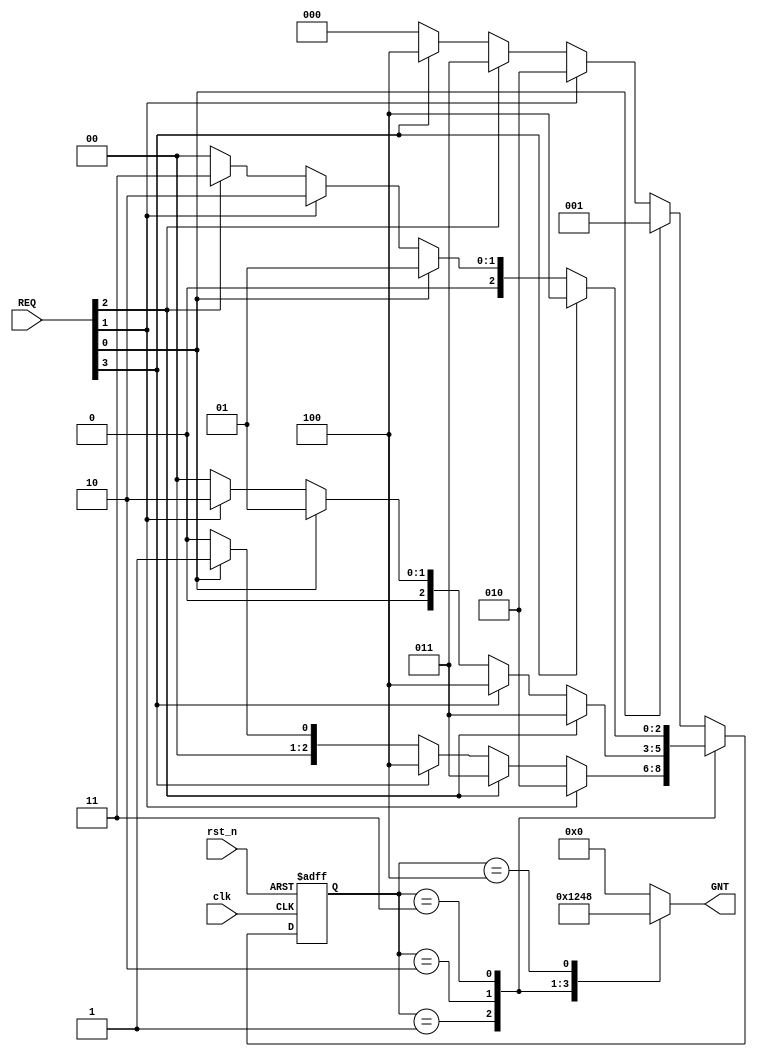
`timescale 1ns / 1ps
//////////////////////////////////////////////////////////////////////////////////
// Company: COLLEGE OF VLSI
// 
// Design Name: 
// Module Name: top
// Project Name: 
// Target Devices: 
// Tool Versions: 
// Description: 
// 
// Dependencies: 
// 
// Revision:
// Revision 0.01 - File Created
// Additional Comments:
// 
//////////////////////////////////////////////////////////////////////////////////


module top(

		input clk,

		input rst_n,

		input [3:0] REQ,

		output reg [3:0] GNT

		);

	reg [2:0] present_state;

	reg [2:0] next_state;

	parameter [2:0] IDLE = 3'b000;

	parameter [2:0] S0   = 3'b001;

	parameter [2:0] S1   = 3'b010;

	parameter [2:0] S2   = 3'b011;

	parameter [2:0] S3   = 3'b100;




  always @ (posedge clk or negedge rst_n) // State Register , Sequential always block
	
		begin

          if(!rst_n)

				present_state <= IDLE;

			else

				present_state <= next_state;

		end

  always @(*) // Next State , Combinational always block

		begin

			case(present_state)

				IDLE : begin
	
							if(REQ[0])

								begin

									next_state = S0;

								end

							else if(REQ[1])

								begin

									next_state = S1;

								end

							else if(REQ[2])

								begin

                                    next_state = S2;

								end

							else if(REQ[3])

								begin

									next_state = S3;

								end

							else

								begin

									next_state = IDLE;

								end

						end // IDLE

				S0 : begin

							if(REQ[1])
	
								begin
	
									next_state = S1;

								end

							else if(REQ[2])

								begin

									next_state = S2;

								end

							else if(REQ[3])

								begin

									next_state = S3;

								end

							else if(REQ[0])

								begin

									next_state = S0;

								end

							else

								begin

									next_state = IDLE;

								end

						end // S0

				S1 : begin

							if(REQ[2])

								begin
		
									next_state = S2;

								end

							else if(REQ[3])

								begin

									next_state = S3;

								end

                            else if(REQ[0])

								begin

									next_state = S0;

								end

							else if(REQ[1])

								begin

									next_state = S1;

								end

							else

								begin

									next_state = IDLE;

								end

						end //S1

				S2 : begin

							if(REQ[3])

								begin

									next_state = S3;

								end

							else if(REQ[0])

								begin

									next_state = S0;

								end

							else if(REQ[1])

								begin

									next_state = S1;

								end

							else if(REQ[2])

								begin

									next_state = S2;

								end

							else
		
								begin

									next_state = IDLE;

								end

						end // S2

				S3 : begin

							if(REQ[0])

                                  begin

									next_state = S0;

								 end

							else if(REQ[1])

								begin

									next_state = S1;

								end

							else if(REQ[2])

							    begin

									next_state = S2;

								end

							else if(REQ[3])

								begin

									next_state = S3;

							 	end

							else

								begin

									next_state = IDLE;

								end

						end // S3

				default : begin

							if(REQ[0])

								begin

									next_state = S0;

								end

							else if(REQ[1])

								begin

									next_state = S1;

								end

							else if(REQ[2])

								begin

									next_state = S2;

								end

							else if(REQ[3])

								begin

									next_state = S3;

								end

							else

								begin

									next_state = IDLE;

								end

						end // default

			endcase // case(state)

	 end



  always @(*) // Output , Combinational always block

		begin
		
          case(present_state)

				S0 : begin GNT = 4'b0001; end

				S1 : begin GNT = 4'b0010; end

				S2 : begin GNT = 4'b0100; end

				S3 : begin GNT = 4'b1000; end

			default : begin GNT = 4'b0000; end

		  endcase

		end

endmodule // Round Robin Arbiter with Fixed Time Slice